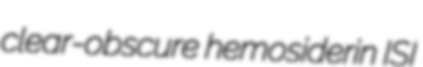
clear-obscure hemosiderin ISI